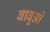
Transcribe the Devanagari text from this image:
बाबूओं